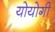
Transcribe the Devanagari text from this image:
योयोगी